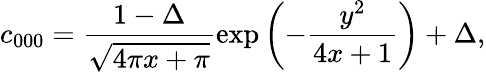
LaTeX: c_{000}=\frac{1-\Delta}{\sqrt{4\pi x+\pi}}\exp\left(-\frac{y^{2}}{4x+1}\right)+\Delta,